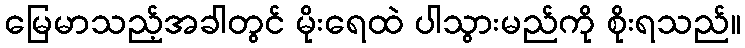
မြေမာသည့်အခါတွင် မိုးရေထဲ ပါသွားမည်ကို စိုးရသည်။